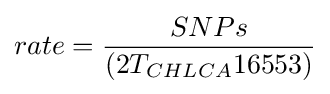
rate={\frac {SNPs}{(2T_{CHLCA}16553)}}